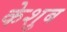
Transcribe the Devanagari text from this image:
केशुब